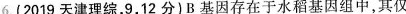
6.(2019天津理综，9，12分)B基因存在于水稻基因组中，其仅